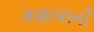
ગણાવાની